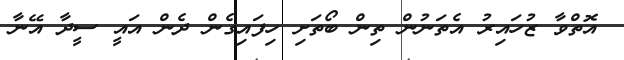
އޮތްވާ ޒުހައިރު އެތަނުން ތިން ބޯތަށި ހިފައިގެން ދެން އައީ ސީދާ އޭނާ